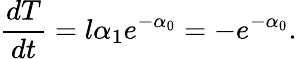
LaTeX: \frac{dT}{dt}=l\alpha_{1}e^{-\alpha_{0}}=-e^{-\alpha_{0}}.